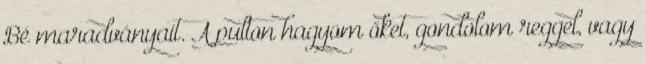
Bé maradványait. A pulton hagyom őket, gondolom reggel, vagy